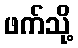
ဖက်သို့